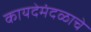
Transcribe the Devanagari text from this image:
कायदेमंदळाचे